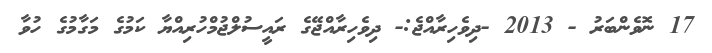
17 ނޮވެންބަރު - 2013 -ދިވެހިރާއްޖެ:- ދިވެހިރާއްޖޭގެ ރައީސުލްޖުމްހުރިއްޔާ ކަމުގެ މަގާމުގެ ހުވާ